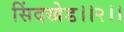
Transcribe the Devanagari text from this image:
सिंदखेड।।२।।